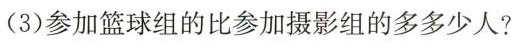
(3)参加篮球组的比参加摄影组的多多少人?